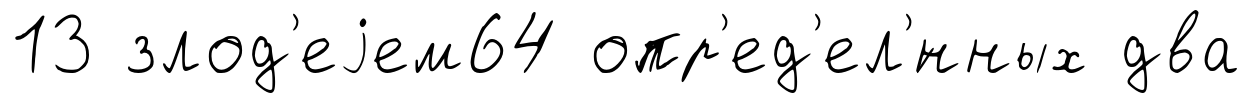
13 злод'еjем64 опр'ед'ел'́нных два